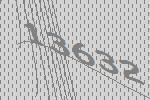
13632